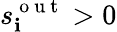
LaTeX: s_{\mathbf{i}}^{\mathrm{{~o~u~t~}}}>0